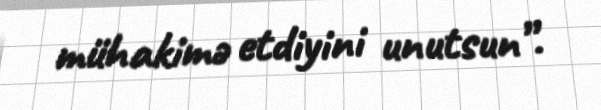
mühakimə etdiyini unutsun”.